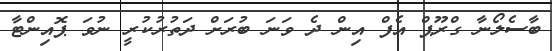
ބާސެލޯނާ ގްރޫޕް އެފް އިން ދެ ވަނަ ބުރަށް ދަތުރުކުރީ ނުވަ ޕޮއިންޓާ